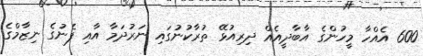
600 އެއްހާ މީހުންގެ އާބާދީއެއް ދިރިއުޅޭ ތުރާކުނުގައި ނަރުދަމާ އާއި ފެނުގެ ނިޒާމްގެ